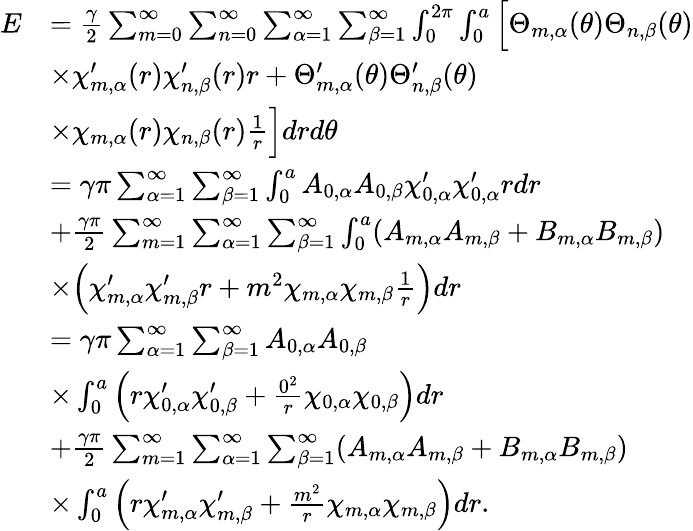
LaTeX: \begin{array}{rl}{E}&{=\frac{\gamma}{2}\sum_{m=0}^{\infty}\sum_{n=0}^{\infty}\sum_{\alpha=1}^{\infty}\sum_{\beta=1}^{\infty}\int_{0}^{2\pi}\int_{0}^{a}\Big[\Theta_{m,\alpha}(\theta)\Theta_{n,\beta}(\theta)}\\ &{\times\chi_{m,\alpha}^{\prime}(r)\chi_{n,\beta}^{\prime}(r)r+\Theta_{m,\alpha}^{\prime}(\theta)\Theta_{n,\beta}^{\prime}(\theta)}\\ &{\times\chi_{m,\alpha}(r)\chi_{n,\beta}(r)\frac{1}{r}\Big]drd\theta}\\ &{=\gamma\pi\sum_{\alpha=1}^{\infty}\sum_{\beta=1}^{\infty}\int_{0}^{a}A_{0,\alpha}A_{0,\beta}\chi_{0,\alpha}^{\prime}\chi_{0,\alpha}^{\prime}rdr}\\ &{+\frac{\gamma\pi}{2}\sum_{m=1}^{\infty}\sum_{\alpha=1}^{\infty}\sum_{\beta=1}^{\infty}\int_{0}^{a}(A_{m,\alpha}A_{m,\beta}+B_{m,\alpha}B_{m,\beta})}\\ &{\times\Big(\chi_{m,\alpha}^{\prime}\chi_{m,\beta}^{\prime}r+m^{2}\chi_{m,\alpha}\chi_{m,\beta}\frac{1}{r}\Big)dr}\\ &{=\gamma\pi\sum_{\alpha=1}^{\infty}\sum_{\beta=1}^{\infty}A_{0,\alpha}A_{0,\beta}}\\ &{\times\int_{0}^{a}\left(r\chi_{0,\alpha}^{\prime}\chi_{0,\beta}^{\prime}+\frac{0^{2}}{r}\chi_{0,\alpha}\chi_{0,\beta}\right)dr}\\ &{+\frac{\gamma\pi}{2}\sum_{m=1}^{\infty}\sum_{\alpha=1}^{\infty}\sum_{\beta=1}^{\infty}(A_{m,\alpha}A_{m,\beta}+B_{m,\alpha}B_{m,\beta})}\\ &{\times\int_{0}^{a}\left(r\chi_{m,\alpha}^{\prime}\chi_{m,\beta}^{\prime}+\frac{m^{2}}{r}\chi_{m,\alpha}\chi_{m,\beta}\right)dr.}\end{array}